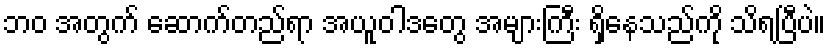
ဘဝ အတွက် ဆောက်တည်ရာ အယူဝါဒတွေ အများကြီး ရှိနေသည်ကို သိရပြီပဲ။